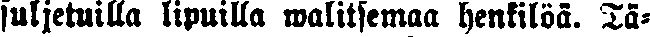
suljetuilla lipuilla walitsemaa henkilöä. Tä-